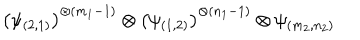
\left( \psi _ { ( 2 , 1 ) } \right) ^ { \otimes ( m _ { 1 } - 1 ) } \otimes \left( \psi _ { ( 1 , 2 ) } \right) ^ { \otimes ( n _ { 1 } - 1 ) } \otimes \psi _ { ( m _ { 2 } , n _ { 2 } ) }